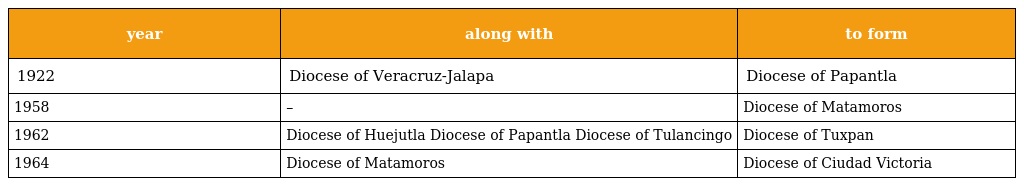
| year | along with | to form |
 | --- | --- | --- |
 | 1922 | Diocese of Veracruz-Jalapa | Diocese of Papantla |
 | 1958 | – | Diocese of Matamoros |
 | 1962 | Diocese of Huejutla Diocese of Papantla Diocese of Tulancingo | Diocese of Tuxpan |
 | 1964 | Diocese of Matamoros | Diocese of Ciudad Victoria |